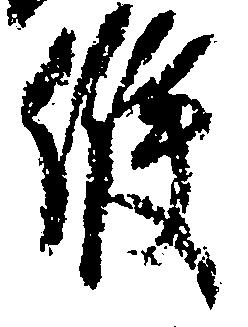
候